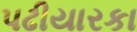
પઢીયારકા